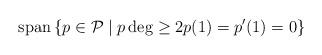
LaTeX: \begin{align*}\mathrm{span}\left\{ p\in\mathcal{P}\mid p\deg\geq2p(1)=p^{\prime}(1)=0\right\}\end{align*}